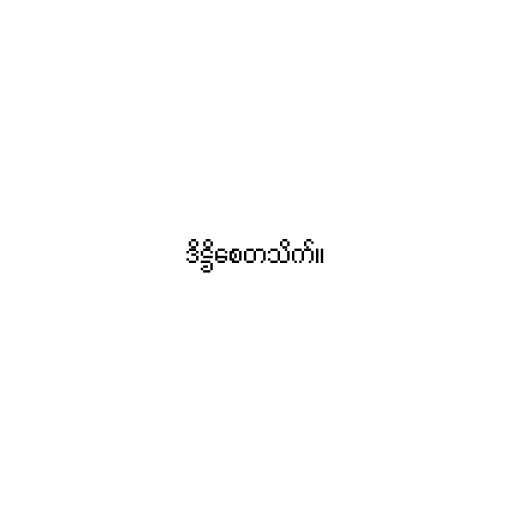
ဒိဋ္ဌိစေတသိက်။